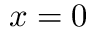
x = 0